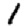
Digit: 1